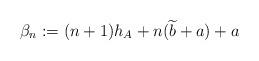
LaTeX: \begin{align*}\beta_n:=(n+1)h_A+n(\widetilde b+a)+a\end{align*}